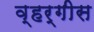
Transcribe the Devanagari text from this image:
व्हर्गीस